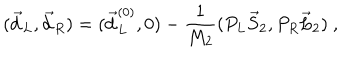
LaTeX: ( \vec { d } _ { L } , \vec { d } _ { R } ) = ( \vec { d } _ { L } ^ { ( 0 ) } , 0 ) - { \frac { 1 } { M _ { 2 } } } ( P _ { L } \vec { S } _ { 2 } , P _ { R } \vec { L } _ { 2 } ) \ ,